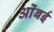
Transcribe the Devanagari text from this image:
ओंबई